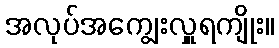
အလုပ်အကျွေးလှူရကျိုး။